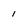
Character: 1